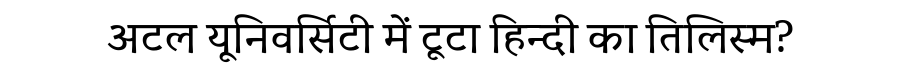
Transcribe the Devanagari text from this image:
अटल यूनिवर्सिटी में टूटा हिन्दी का तिलिस्म?